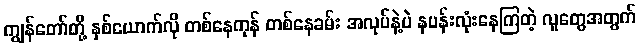
ကျွန်တော်တို့ နှစ်ယောက်လို တစ်နေကုန် တစ်နေခမ်း အလုပ်နဲ့ပဲ နပန်းလုံးနေကြတဲ့ လူတွေအတွက်